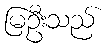
မြဦးသည်